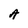
Character: A